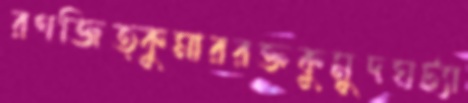
রণজিত্কুমাররক্তকুমুদঘট্যা